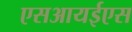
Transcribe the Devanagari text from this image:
एसआयईएस